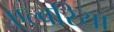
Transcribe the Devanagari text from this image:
एल्बरिया